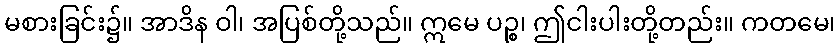
မစားခြင်း၌။ အာဒိန ဝါ၊ အပြစ်တို့သည်။ ဣမေ ပဉ္စ၊ ဤငါးပါးတို့တည်း။ ကတမေ၊